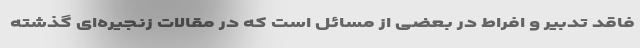
فاقد تدبیر و افراط در بعضی از مسائل است که در مقالات زنجیره‌ای گذشته